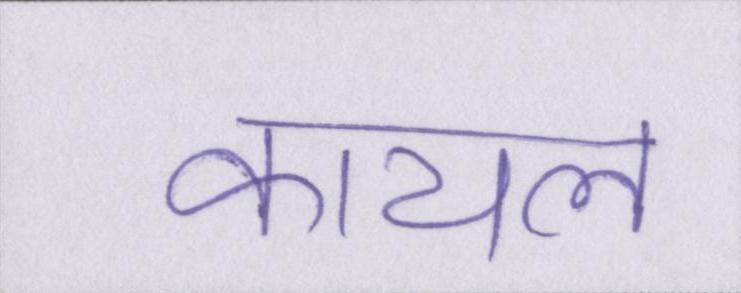
कायल